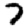
Digit: 7